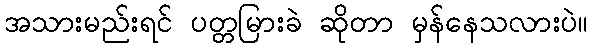
အသားမည်းရင် ပတ္တမြားခဲ ဆိုတာ မှန်နေသလားပဲ။